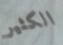
الكثير